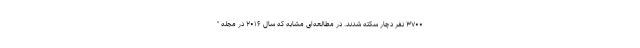
۳۷۰۰ نفر دچار سکته شدند. در مطالعه‌ای مشابه که سال ۲۰۱۶ در مجله "